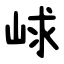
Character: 㟈